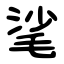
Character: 㲚